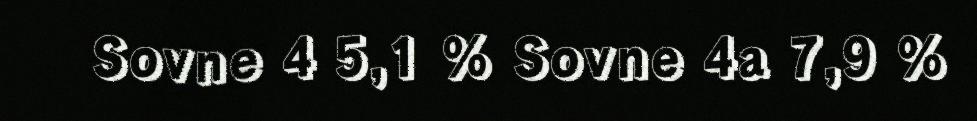
Sovne 4 5,1 % Sovne 4a 7,9 %